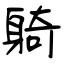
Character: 躸